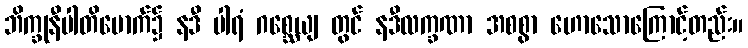
ဘိက္ခုနီပါတိမောက်၌ နဒီ ပါရံ ဂစ္ဆေယျ တွင် နဒီလက္ခဏာ အစစွာ ဟောသောကြောင့်တည်း။